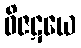
ဝိဇဋယေ